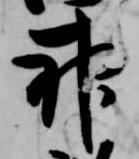
神